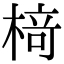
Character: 𬃪